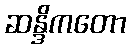
ဆန္ဒိကတော